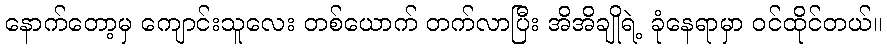
နောက်တော့မှ ကျောင်းသူလေး တစ်ယောက် တက်လာပြီး အိအိချိုရဲ့ ခုံနေရာမှာ ဝင်ထိုင်တယ်။